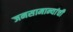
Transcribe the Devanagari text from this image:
जनसामान्यांची